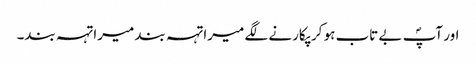
اور آپؐ بے تاب ہو کر پکارنے لگے میرا تہہ بند میرا تہہ بند۔